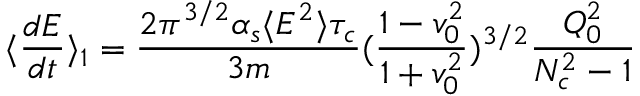
\langle { \frac { d { \cal { E } } } { d t } } \rangle _ { 1 } = { \frac { 2 \pi ^ { 3 / 2 } \alpha _ { s } \langle E ^ { 2 } \rangle \tau _ { c } } { 3 m } } ( { \frac { 1 - v _ { 0 } ^ { 2 } } { 1 + v _ { 0 } ^ { 2 } } } ) ^ { 3 / 2 } { \frac { Q _ { 0 } ^ { 2 } } { N _ { c } ^ { 2 } - 1 } }